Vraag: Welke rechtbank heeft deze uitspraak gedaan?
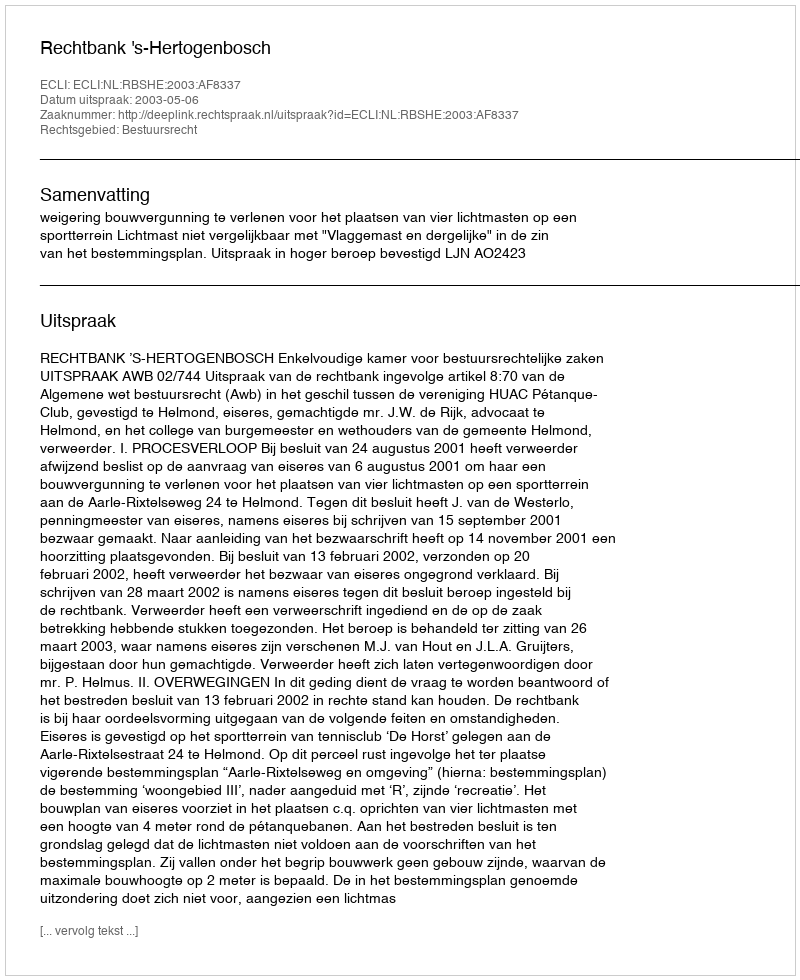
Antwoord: Rechtbank 's-Hertogenbosch